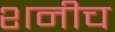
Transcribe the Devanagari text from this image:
शनीच